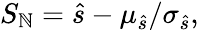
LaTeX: S_{\mathbb{N}}=\hat{{s}}-\mu_{\hat{{s}}}/\sigma_{\hat{{s}}},